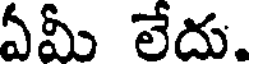
ఏమీ లేదు.